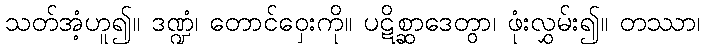
သတ်အံ့ဟူ၍။ ဒဏ္ဍံ၊ တောင်ဝှေးကို။ ပဋိစ္ဆာဒေတွာ၊ ဖုံးလွှမ်း၍။ တဿာ၊